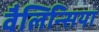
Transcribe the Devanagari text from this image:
वैलिन्सिया